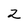
Character: 2